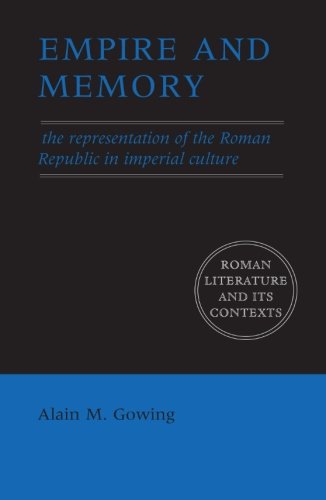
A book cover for Empire and Memory: The Representation of the Roman Republic in Imperial Culture (Roman Literature and its Contexts); Alain M. Gowing; Literature & Fiction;